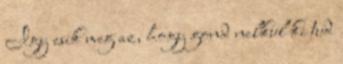
Igy esik meg az, hogy gond nelkul ki tud